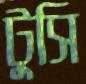
টুসি